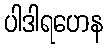
ပါဒါရဟေန